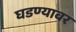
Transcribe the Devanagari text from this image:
घडण्यावर